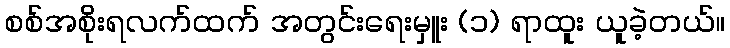
စစ်အစိုးရလက်ထက် အတွင်းရေးမှူး (၁) ရာထူး ယူခဲ့တယ်။